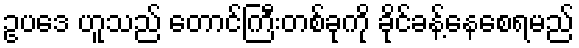
ဥပဒေ ဟူသည် တောင်ကြီးတစ်ခုကို ခိုင်ခန့်နေစေရမည်